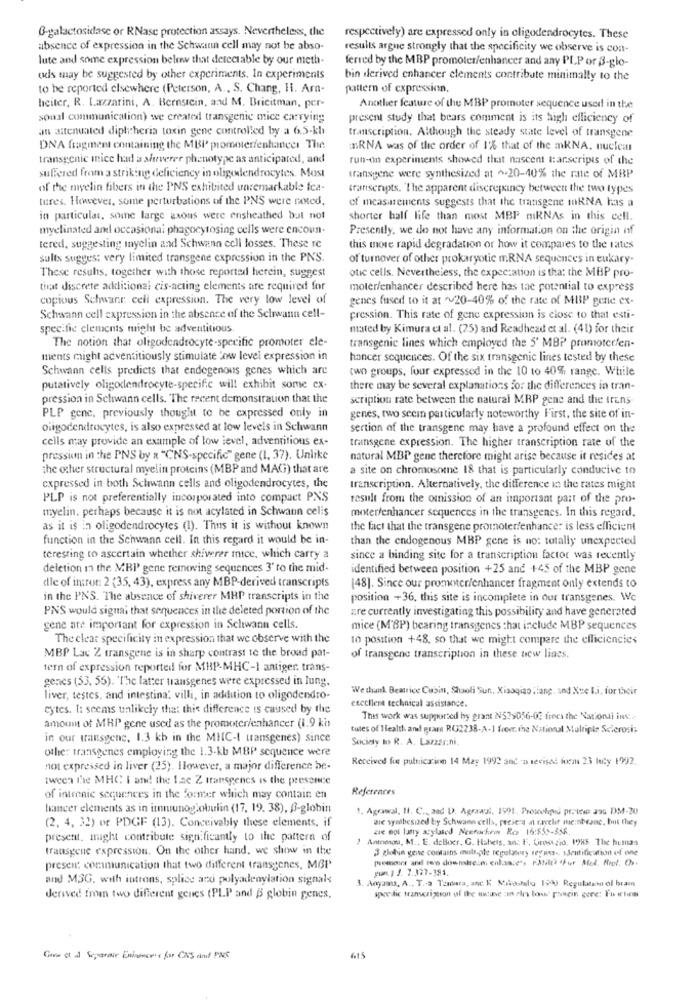
6-galactosidase or RNase protection assays. Nevertheless, the
respectively) are expressed only in oligodendrocytes. These
absence of expression in the Schwann cell may not be abso-
results argue strongly that the specificity we observe is con-
lute and some expression below that detectable by our meth.
ferred by the MBP promoter/enhancer and any PL.P or 3-glo-
ods may be suggested by other experiments. In experiments
bin derived enhancer elements contribute minimally to the
to be reported elsewhere (Peterson, A ., S. Chang, H. Arn-
pattern of expression.
heiter. R. Lazzarini, A. Bernstein, and M. Bricitman, per-
Another feature of the MBP promoter sequence used in the
soual communication) we created transgenic mice carrying
present study that bears comment is its high efficiency of
an aitcnuated diphtheria toxin gene controlled by a 6.5-kb
transcription. Although the steady state level of transgene
DNA fragment containing the MBI' promoter/enhancer The
ERNA was of the order of 1% that of the mRNA. nuclear
transgenic mnice had a sheverer phenotype as anticipated, and
run-on experiments showed that nascent transcripts of the
suffered from a striking deficiency in oligodendrocytes. Most
transgene were synthesized at ^20-40% the rate of MBP
of the myelin fibers in the PNS exhibited unremarkable fea-
transcripts. "The apparent discrepancy between the two types
tures. However, some perturbations of the PNS were noted,
of measurements suggests that the transgene mRNA has a
in particular, some large axons were ensheathed but not
shorter half life than most MBP miRNAs in this cell.
myelinated and occasionai phagocytosing cells were encoun-
Presently, we do not have any information on the origin of
tered, suggesting myelin and Schwann cell losses. These re
this more rapid degradation or how it compares to the rates
sults sugges: very limited transgene expression in the PNS.
of turnover of other prokaryotic mRNA sequences in eukary-
These results, together with those reported herein, suggest
otic cells. Nevertheless, the expectation is that the MBP pro-
that discrete additional cis-acting elements are required for
moter/enhancer described here has the potential to express
copious Schwane cell expression. The very low level of
genes fused to it at ~~ 20-40% of the rate of MBP gene ex-
Schwann cell expression in the absence of the Schwann cell-
pression. This rate of gene expression is close to that esti-
specific elements might be adventitious.
mated by Kimura et al. (25) and Readhead et al. (41) for their
The notion that oligodendrocyte-specific promoter ele-
transgenic lines which employed the 5' MB? promoterfen-
ments might adventitiously stimulate low level expression in
hancer sequences. Of the six transgenic lines tested by these
Schwann cells predicts that endogenous genes which are
two groups, four expressod in the 10 to 40% range. While
putatively oligodendrocyte-specific will exhibit some cx.
there may be several explanations for the differences in tran-
pression in Schwann cells. The recent demonstration that the
scription rate between the natural MRP gene and the trans
PLP gene, previously thought to be expressed only in
genes, two seem particularly noteworthy First, the site of in-
oligodendrocytes, is also expressed at low levels in Schwann
sertion of the transgene may have a profound effect on the
cells may provide an example of low level, adventitious ex-
transgene expression. The higher transcription rate of the
pression in the PNS by & "CNS-specific" gene (1, 37). Unlike
natural MBP gene therefore might arise because it resides at
the other structural myelin proteins (MBP and MAG) that are
a site on chromosome 18 that is particularly conducive to
expressed in both Schwann cells and oligodendrocytes, the
transcription. Alternatively, the difference in the rates might
PLP is not preferentially incorporated into compact PNS
result from the omission of an important part of the pro-
myelin. perhaps because it is not acylated in Schwann celis
moter/enhancer sequences in the transgenes. In this regard.
as it is in oligodendrocytes (1). Thus it is without known
the fact that the transgene promoter/enhance: is less efficient
function in the Schwann cell. In this regard it would be in-
than the endogenous MBP gene is no: totally unexpected
teresting to ascertain whether shiverer mice, which carry a
since a binding site for a transcription factor was recently
deletion in the MBP gene removing sequences 3' to the mid-
identified between position +25 and +45 of the MBP gene
dle of intron: 2 (35, 43), express any MBP-derived transcripts
[48). Since our promoter/enhancer fragment only extends to
in the PNS. The absence of shiverer MRP transcripts in the
position +36, this site is incomplete in our transgenes. We
PNS would signal that sequences in the deleted portion of the
are currently investigating this possibility and have generated
gene ate important for expression in Schwann cells.
mice (M'BP) bearing transgenes that include MBP sequences
The clear specificity in expression that we observe with the
to position +48. so that we might compare the efficiencies
MBP Lac Z transgene is in sharp contrast to the broad pat-
of transgene transcription in these new lines.
tern of expression reported for MBP-MHC-1 antiger. trans-
genes (53, 55). The latter transgenes were expressed in lung.
We thank Beatrice Cubin, Shaoli Sun. Xiaoqiao ; lang, and Xue I.i. for their
liver, testes, and intestina: villi, in addition to oligodendro-
excellent technical assistance.
cytes. I: seems unlikely that this difference is caused by the
amount of MRP gene used as the promoter/enhancer (1.9 ki
This work was supported by grant NS29056-03 frees the National ing.
tules of Health and gram RG2238-A-1 fremr. the National Multiple Sclerosis
in our transgene, 1.3 kb in the MIC-I transgenes) since
Society to R. A. Lazzerini.
othe: transgenes employing the 1.3-kb MBP sequence were
Received for pulnicarion 14 May 1992 and in revised wem 23 July 1992.
not expressed in liver (25). However, a major difference be-
tween the MHC I and the 1.ac Z transgenes is the presence
References
of intronic sequences in the former which may contain en
hancer elements as in immunoglobulin (17, 19. 38), f-globin
. Agrawal, Il. C ., aac D. Agrawal, 1991. Prowokqui price ans DM-20
wie syalbesized by Schwann cells, prese's at racelet me:nbcane, but they
(2, 4, 32) or PDGF (13). Conceivably these elements, if
zie mol lasty acylased Newrockrw Rcs 16:555-356.
present. might contribute significantly to the pattern of
Antoasou, M .. E. deBoer, G. Habets, an: F. Grosszio, 1985 The hutnas
transgene expression. On the other hand, we show in the
3 globin gense contains multiple regulatory regn ., Mentification of ine
peemener and tero downstrezni enlance", PANili? "Fuer Med. Riet. Os-
presci communication that two different transgenes, MGP
and MSG. with introns, splice anxi polyadenylation signals
3. Aoyama, A ., T .- a Tzara, anc. K Mikostalo 1943 Regulation of brain
derived from two different genes (PL.P and B globin genes.
Give it a Separate Enimon's for CXS and PAS
615